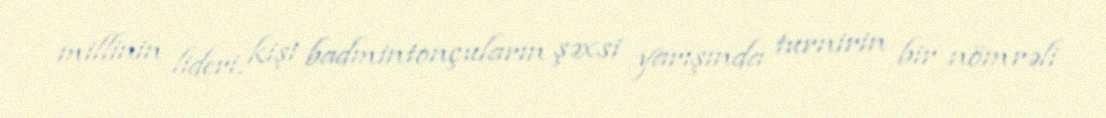
millinin lideri, kişi badmintonçuların şəxsi yarışında turnirin bir nömrəli